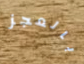
بالعجز